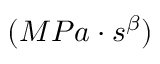
( M P a \cdot s ^ { \beta } )